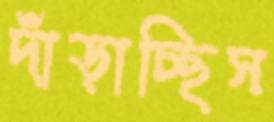
দাঁড়াচ্ছিস